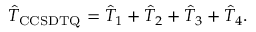
\hat { T } _ { \mathrm { C C S D T Q } } = \hat { T } _ { 1 } + \hat { T } _ { 2 } + \hat { T } _ { 3 } + \hat { T } _ { 4 } .